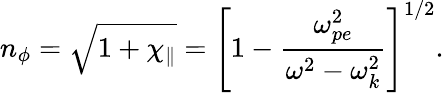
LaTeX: n_{\phi}=\sqrt{1+\chi_{\parallel}}=\left[1-\frac{\omega_{pe}^{2}}{\omega^{2}-\omega_{k}^{2}}\right]^{1/2}.